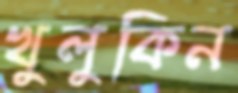
খুলুকিন